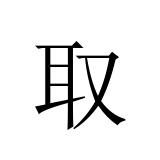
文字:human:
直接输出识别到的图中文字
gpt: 取